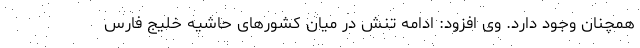
همچنان وجود دارد. وی افزود: ادامه تنش در میان کشورهای حاشیه خلیج فارس